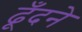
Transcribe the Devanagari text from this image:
ढूँदने